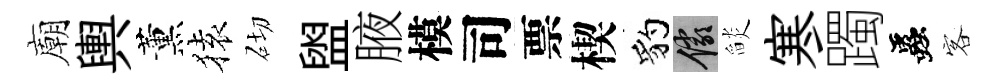
廟輿薰𫞤砌盥腋模司票楔豹儼𦦨寒躅蟲客